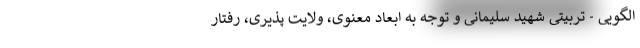
الگویی - تربیتی شهید سلیمانی و توجه به ابعاد معنوی، ولایت پذیری، رفتار